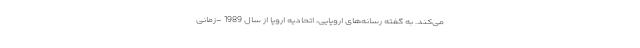
می‌کند. به گفته رسانه‌های اروپایی، اتحادیه اروپا از سال 1989 -زمانی